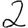
Digit: 2